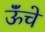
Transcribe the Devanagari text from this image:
ऊॅंचे